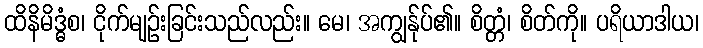
ထိနိမိဒ္ဓံစ၊ ငိုက်မျဉ်းခြင်းသည်လည်း။ မေ၊ အကျွန်ုပ်၏။ စိတ္တံ၊ စိတ်ကို။ ပရိယာဒါယ၊